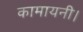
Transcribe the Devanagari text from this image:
कामायनी।